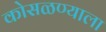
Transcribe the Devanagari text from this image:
कोसळण्याला